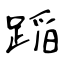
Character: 𨂻